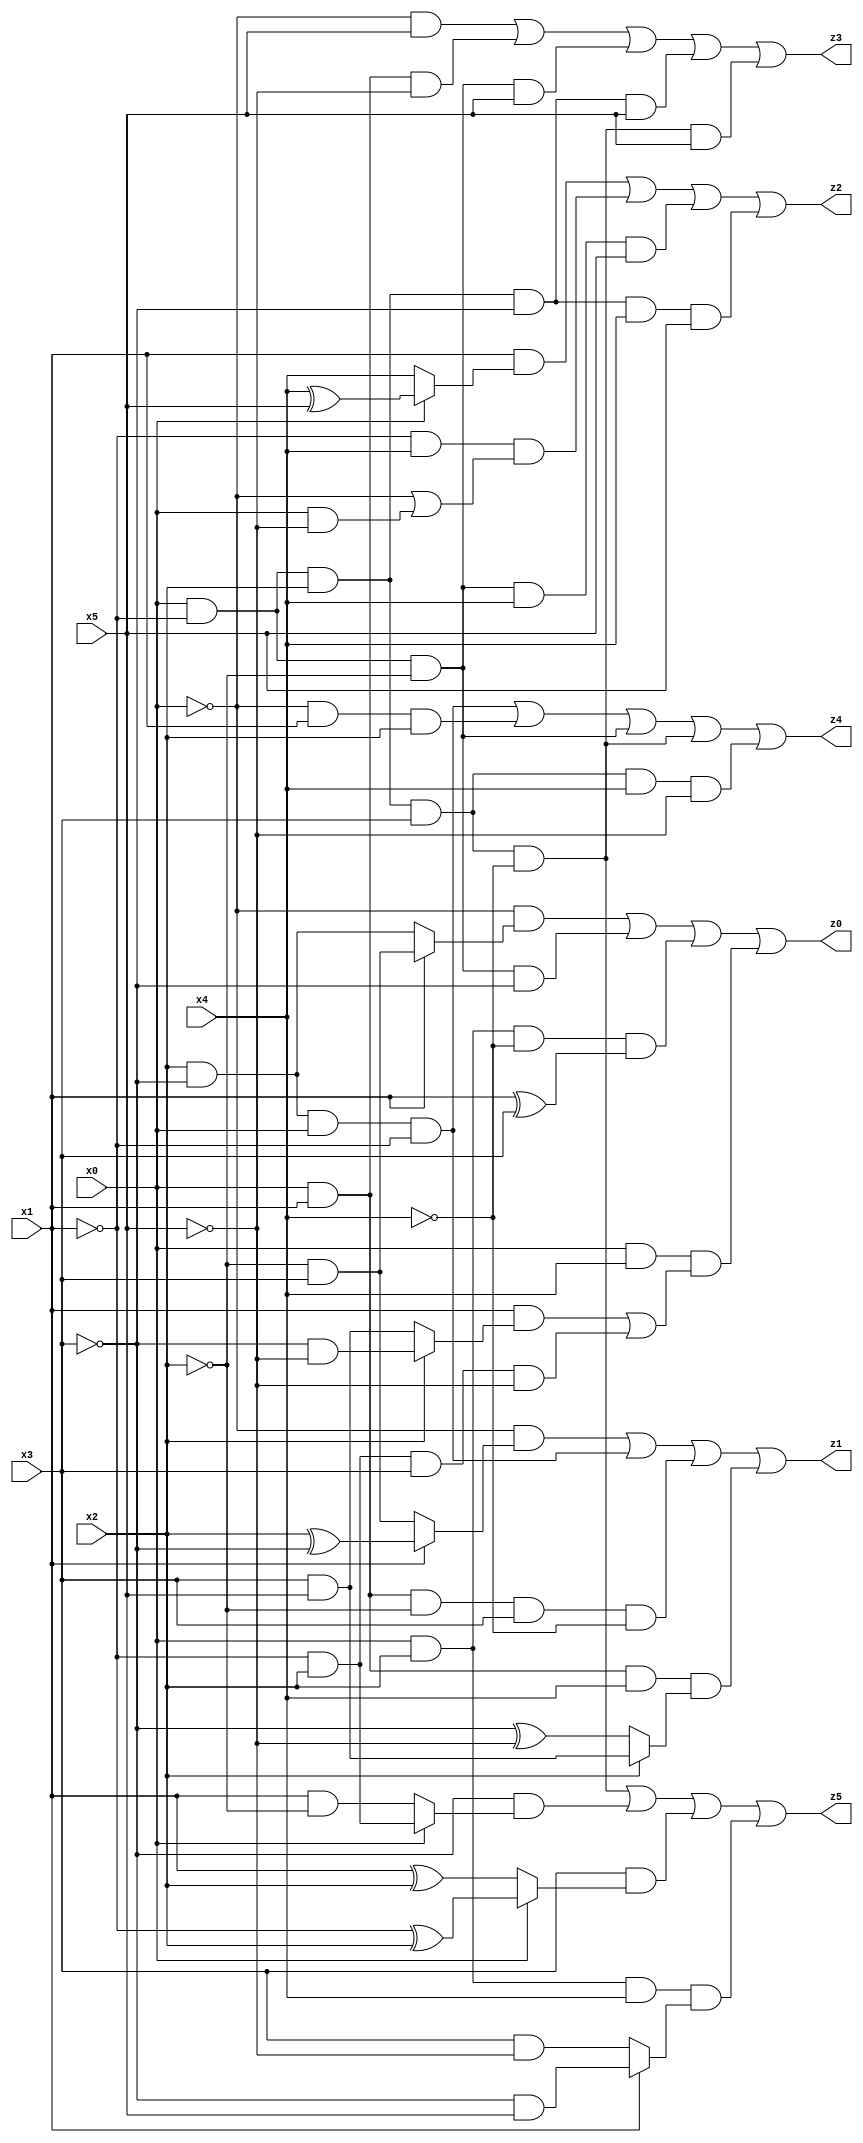
// Benchmark "X_32" written by ABC on Thu Jun 29 03:17:14 2023

module X_32 ( 
    x0, x1, x2, x3, x4, x5,
    z0, z1, z2, z3, z4, z5  );
  input  x0, x1, x2, x3, x4, x5;
  output z0, z1, z2, z3, z4, z5;
  assign z0 = (~x0 & (x1 ? (~x2 & x3) : (x2 & ~x3))) | (x0 & ~x1 & ~x2 & ~x3) | (x0 & x2 & ~x4 & (x1 ^ x3)) | (x0 & x4 & ((x1 & (x2 ? (~x3 & ~x5) : (x3 & x5))) | (~x1 & x2 & x3 & ~x5)));
  assign z1 = (~x0 & (x1 ? (x2 ^ ~x3) : (~x2 & x3))) | (x2 & ~x3 & x0 & ~x1) | (x0 & x1 & ~x2 & x3 & ~x4) | (x0 & x1 & x4 & (x2 ? (x3 & x5) : (~x3 ^ ~x5)));
  assign z2 = (x1 & (x0 ? (x4 ^ x5) : x4)) | (~x1 & x4 & (~x0 | (x0 & ~x5))) | (x0 & ~x1 & ~x2 & x4 & x5) | (x0 & ~x1 & x2 & ~x3 & x4 & x5);
  assign z3 = (~x0 & x5) | (x0 & x1 & ~x5) | (x0 & ~x1 & ~x2 & x5) | (x0 & ~x1 & x2 & ~x3 & x5) | (x0 & ~x1 & x2 & x3 & ~x4 & x5);
  assign z4 = (x2 & ~x3 & x0 & ~x1) | (~x0 & x1 & x2) | (x0 & ~x1 & ~x2) | (x0 & ~x1 & x2 & x3 & ~x4) | (x0 & ~x1 & x2 & x3 & x4 & ~x5);
  assign z5 = (x0 & ~x1 & x2 & x3 & ~x4) | (~x3 & (x0 ? (~x1 & x2) : (x1 & ~x2))) | (x3 & (x0 ? (~x1 ^ x2) : (x1 ^ x2))) | (x0 & x2 & x4 & (x1 ? (~x3 & x5) : (x3 & ~x5)));
endmodule